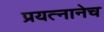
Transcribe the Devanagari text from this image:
प्रयत्नानेच